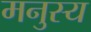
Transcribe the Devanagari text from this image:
मनुस्य